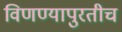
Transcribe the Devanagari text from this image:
विणण्यापुरतीच